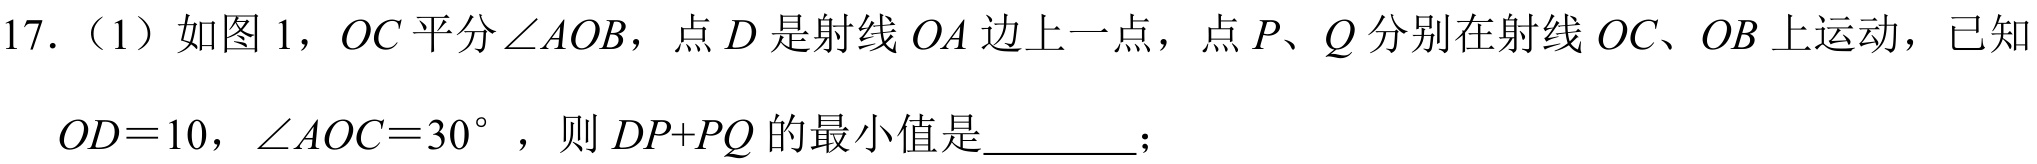
17.（1）如图1，\(OC\)平分\(\angle AOB\)，点\(D\)是射线\(OA\)边上一点，点\(P、Q\)分别在射线\(OC、OB\)上运动，已知\(OD = 10\)，\(\angle AOC = 30^{\circ}\)，则\(DP + PQ\)的最小值是\_\_\_\_\_；